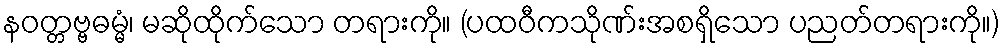
နဝတ္တဗ္ဗဓမ္မံ၊ မဆိုထိုက်သော တရားကို။ (ပထဝီကသိုဏ်းအစရှိသော ပညတ်တရားကို။)